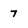
Character: 7